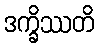
ဒက္ခိဿတိ